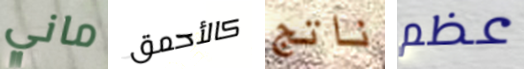
ماني كالأحمق ناتج عظم